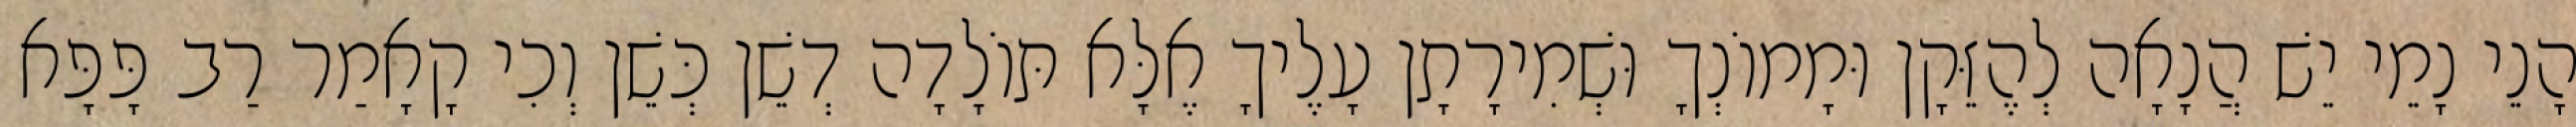
הָנֵי נָמֵי יֵשׁ הֲנָאָה לְהֶזֵּקָן וּמָמוֹנְךָ וּשְׁמִירָתָן עָלֶיךָ אֶלָּא תּוֹלָדָה דְשֵׁן כְּשֵׁן וְכִי קָאָמַר רַב פָּפָּא